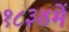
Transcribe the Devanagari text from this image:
१८३४में